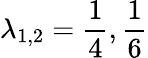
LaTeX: \lambda_{1,2}=\frac{1}{4},\frac{1}{6}